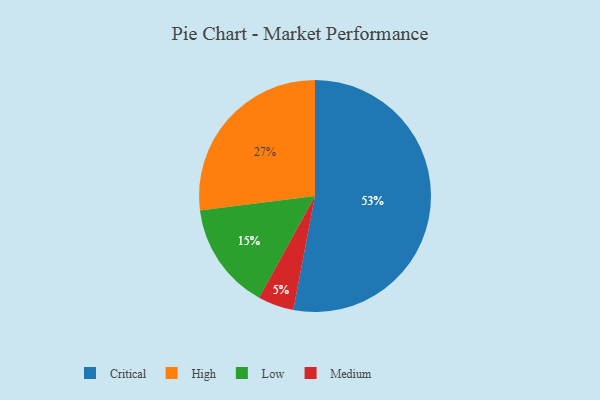
{"axis": {"x": "Category", "y": "Percentage"}, "legend": ["Critical", "High", "Low", "Medium"], "data": [{"x": "Medium", "y": 5, "type": "Medium"}, {"x": "High", "y": 27, "type": "High"}, {"x": "Critical", "y": 53, "type": "Critical"}, {"x": "Low", "y": 15, "type": "Low"}]}